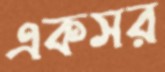
একসর